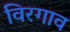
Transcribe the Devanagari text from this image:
विरगाव